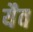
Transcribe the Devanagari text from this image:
यैव